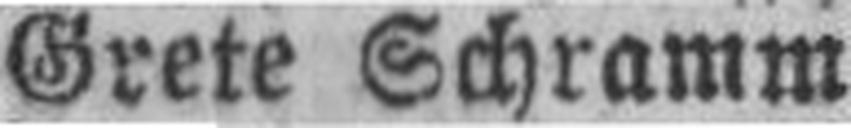
Grete Schramm